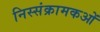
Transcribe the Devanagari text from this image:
निस्संक्रामकओं